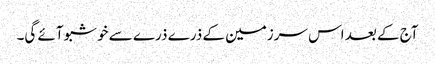
آج کے بعد اس سرزمین کے ذرے ذرے سے خوشبو آئے گی۔